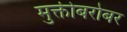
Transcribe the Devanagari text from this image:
मुक्तीबरोबर